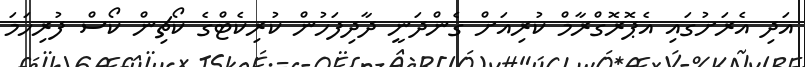
އަދި އެރަށުގައި އެޕޮރޮގްރާމް ކުރިއަށް ގެންދަނީ ދާދިފަހުން ކުރިކެޓްގެ ކޯޗިން ކޯސް ފުރިހަމަ